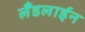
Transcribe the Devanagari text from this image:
लँडलाईन